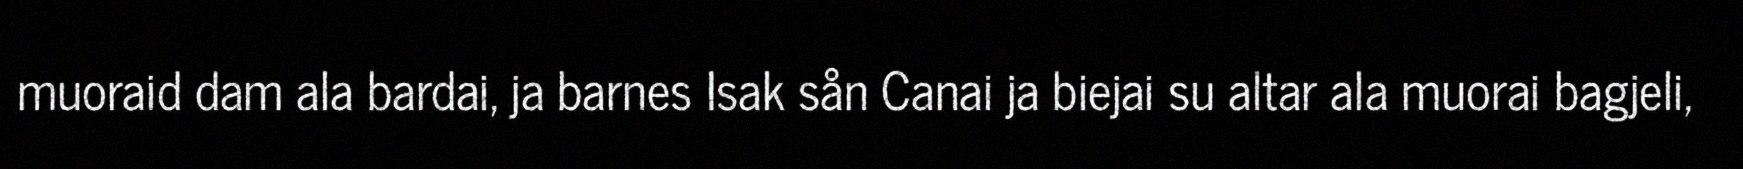
muoraid dam ala bardai, ja barnes Isak sån Canai ja biejai su altar ala muorai bagjeli,